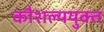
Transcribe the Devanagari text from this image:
कौशल्ययुक्त